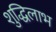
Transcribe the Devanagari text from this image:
शुद्धिलाभ